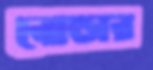
বোল্ডার